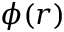
\phi ( r )